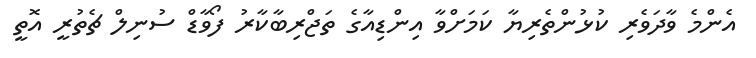
އެންމެ ވާދަވެރި ކުޅުންތެރިޔާ ކަމަށްވާ އިންޑިއާގެ ތަޖްރިބާކާރު ފޯވާޑް ސުނިލް ޗެތުރީ އޮތީ